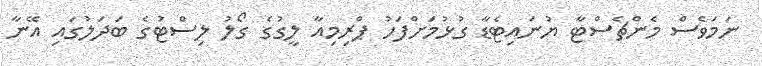
ނަމަވެސް މެންޗެސްޓާ ޔުނައިޓެޑާ ގުޅުމަށްފަހު ޕްރިމިއާ ލީގުގެ ގޯލު ލިސްޓުގެ ބަދަލުގައި އޭނާ